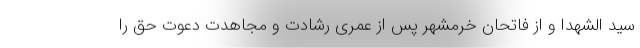
سید الشهدا و از فاتحان خرمشهر پس از عمری رشادت و مجاهدت دعوت حق را